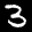
Label: 3